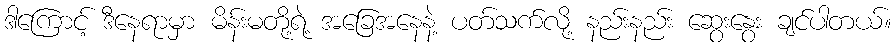
ဒါကြောင့် ဒီနေရာမှာ မိန်းမတို့ရဲ့ အခြေအနေနဲ့ ပတ်သက်လို့ နည်းနည်း ဆွေးနွေး ချင်ပါတယ်။